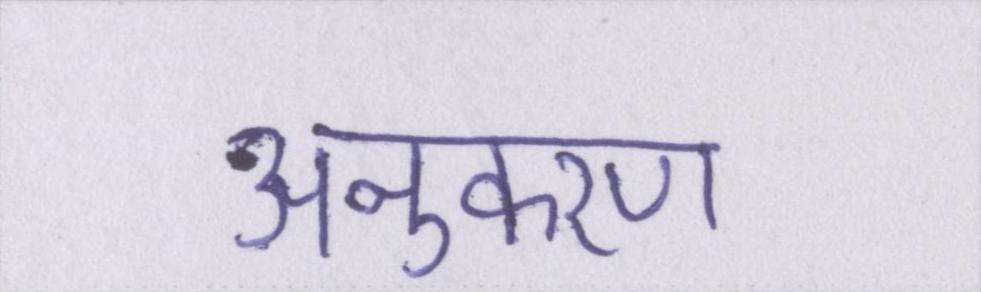
अनुकरण